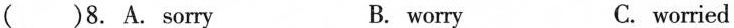
( )8. A. Sorry B. worry C. worried